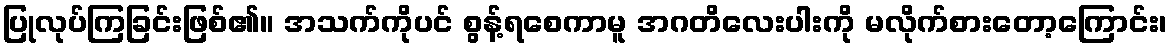
ပြုလုပ်ကြခြင်းဖြစ်၏။ အသက်ကိုပင် စွန့်ရစေကာမူ အဂတိလေးပါးကို မလိုက်စားတော့ကြောင်း၊